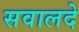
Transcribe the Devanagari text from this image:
सवालदे